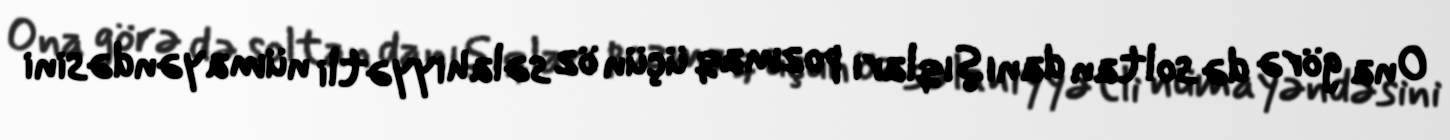
Ona görə də soltan danışıqları pozmaq üçün öz səlahiyyətli nümayəndəsini